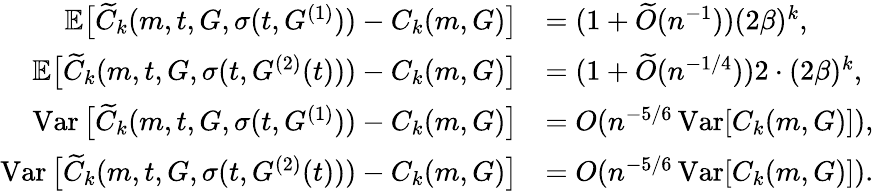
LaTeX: \begin{array}{rl}{\mathbb{E}\big[\widetilde{C}_{k}(m,t,G,\sigma(t,G^{(1)}))-C_{k}(m,G)\big]}&{=(1+\widetilde{O}(n^{-1}))(2\beta)^{k},}\\ {\mathbb{E}\big[\widetilde{C}_{k}(m,t,G,\sigma(t,G^{(2)}(t)))-C_{k}(m,G)\big]}&{=(1+\widetilde{O}(n^{-1/4}))2\cdot(2\beta)^{k},}\\ {\operatorname{Var}\big[\widetilde{C}_{k}(m,t,G,\sigma(t,G^{(1)}))-C_{k}(m,G)\big]}&{=O(n^{-5/6}\operatorname{Var}[C_{k}(m,G)]),}\\ {\operatorname{Var}\big[\widetilde{C}_{k}(m,t,G,\sigma(t,G^{(2)}(t)))-C_{k}(m,G)\big]}&{=O(n^{-5/6}\operatorname{Var}[C_{k}(m,G)]).}\end{array}